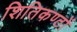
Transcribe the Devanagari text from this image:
शितिकण्ठों